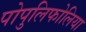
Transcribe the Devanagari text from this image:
पोपुलिफोलिया